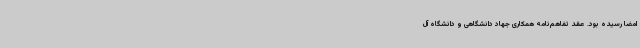
امضا رسیده بود. عقد تفاهم‌نامه همکاری جهاد دانشگاهی و دانشگاه آل